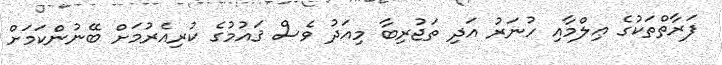
ފަރާތްތަކުގެ ޢިލްމާއި ހުނަރު އަދި ތަޖުރިބާ މިއަދު ވެސް ޤައުމުގެ ކުރިއެރުމަށް ބޭނުންކަމަށް